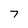
Character: 7